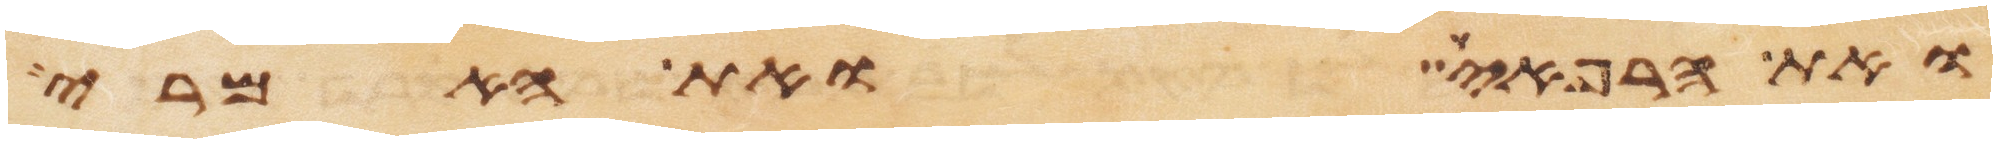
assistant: ואת הרפאים ואת האמרי